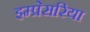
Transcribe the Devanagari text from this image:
इम्प्रेसरिया